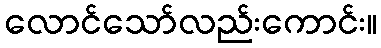
လောင်သော်လည်းကောင်း။